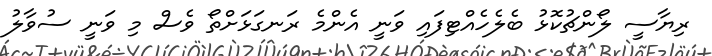
ރިޔާސީ ލޯންޗުކޮޅު ބެލެހެއްޓިފައި ވަނީ އެންމެ ރަނގަޅަށްތޯ ވެސް މި ވަނީ ސުވާލު